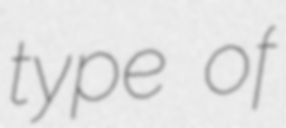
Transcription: type of